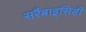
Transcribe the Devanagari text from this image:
सरैंबाइसिडी